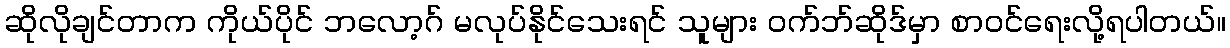
ဆိုလိုချင်တာက ကိုယ်ပိုင် ဘလော့ဂ် မလုပ်နိုင်သေးရင် သူများ ဝက်ဘ်ဆိုဒ်မှာ စာဝင်ရေးလို့ရပါတယ်။